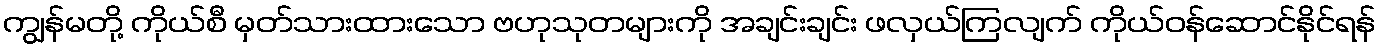
ကျွန်မတို့ ကိုယ်စီ မှတ်သားထားသော ဗဟုသုတများကို အချင်းချင်း ဖလှယ်ကြလျက် ကိုယ်ဝန်ဆောင်နိုင်ရန်